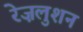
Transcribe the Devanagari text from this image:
रेज़लुशन